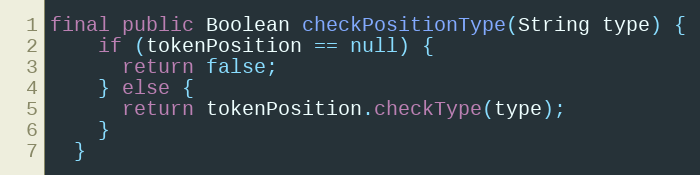
Language: Java
final public Boolean checkPositionType(String type) {
    if (tokenPosition == null) {
      return false;
    } else {
      return tokenPosition.checkType(type);
    }
  }